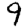
Digit: 9